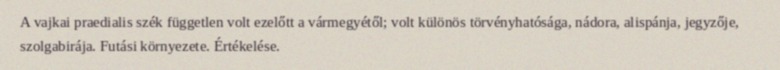
A vajkai praedialis szék független volt ezelőtt a vármegyétől; volt különös törvényhatósága, nádora, alispánja, jegyzője, szolgabirája. Futási környezete. Értékelése.